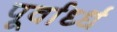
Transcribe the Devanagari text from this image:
पूर्वार्ध्ध